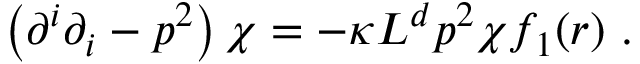
\left( \partial ^ { i } \partial _ { i } - p ^ { 2 } \right) \chi = - \kappa L ^ { d } p ^ { 2 } \chi f _ { 1 } ( r ) ~ .